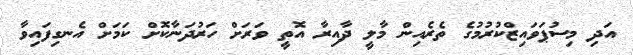
އަދި މިސުޕަވައިޒްކުރުމުގެ ތެރެއިން މާލީ ދާއިރާ އޮތީ ވަރަށް ހަރުދަނާކޮށް ކަމަށް އެނގިފައިވާ